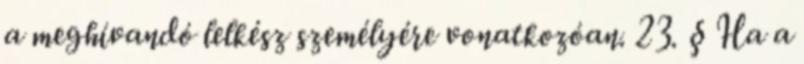
a meghívandó lelkész személyére vonatkozóan. 23. § Ha a